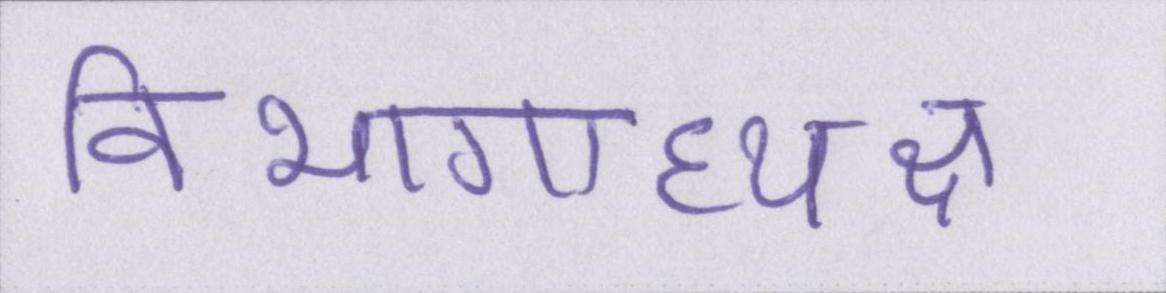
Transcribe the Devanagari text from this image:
विभागाध्यक्ष